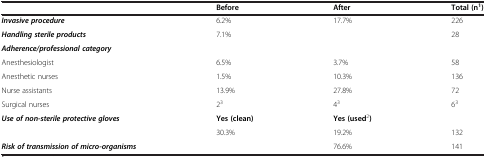
<table><thead><tr><td><b> </b></td><td><b>Before</b></td><td><b>After</b></td><td><b>Total (n<sup>1</sup>)</b></td></tr></thead><tbody><tr><td><b><i>Invasive procedure</i></b></td><td>6.2%</td><td>17.7%</td><td>226</td></tr><tr><td><b><i>Handling sterile products</i></b></td><td>7.1%</td><td> </td><td>28</td></tr><tr><td colspan="4"><b><i>Adherence/professional category</i></b></td></tr><tr><td>Anesthesiologist</td><td>6.5%</td><td>3.7%</td><td>58</td></tr><tr><td>Anesthetic nurses</td><td>1.5%</td><td>10.3%</td><td>136</td></tr><tr><td>Nurse assistants</td><td>13.9%</td><td>27.8%</td><td>72</td></tr><tr><td>Surgical nurses</td><td>2<sup>3</sup></td><td>4<sup>3</sup></td><td>6<sup>3</sup></td></tr><tr><td><b><i>Use of non-sterile protective gloves</i></b></td><td><b>Yes (clean)</b></td><td><b>Yes (used</b><sup>2</sup><b>)</b></td><td> </td></tr><tr><td> </td><td>30.3%</td><td>19.2%</td><td>132</td></tr><tr><td><b><i>Risk of transmission of micro-organisms</i></b></td><td> </td><td>76.6%</td><td>141</td></tr></tbody></table>